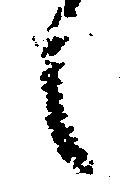
々